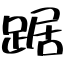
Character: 踞